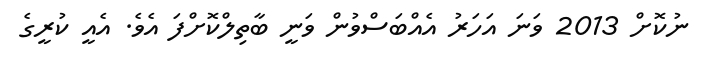
ނުކޮށް 2013 ވަނަ އަހަރު އެއްބަސްވުން ވަނީ ބާތިލްކޮށްފަ އެވެ. އެއީ ކުރީގެ